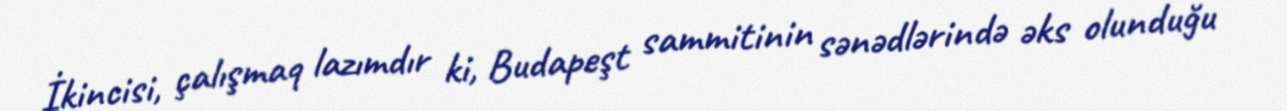
İkincisi, çalışmaq lazımdır ki, Budapeşt sammitinin sənədlərində əks olunduğu